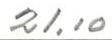
21,10